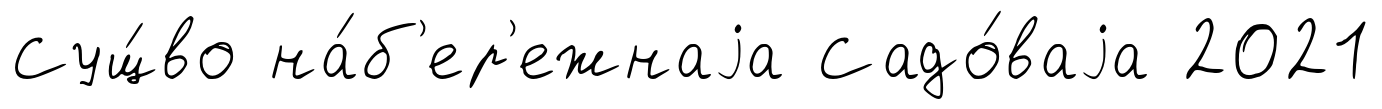
Сущ́во на́б'ер'ежнаjа Садо́ваjа 2021